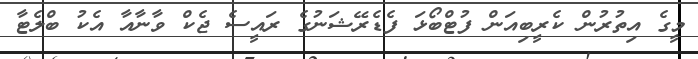
މީގެ އިތުރުން ކެރީބިއަން ފުޓްބޯޅަ ފެޑެރޭޝަނުގެ ރައީސެ ޖެކް ވާނާއާ އެކު ބްލެޓާ